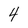
Character: 4